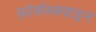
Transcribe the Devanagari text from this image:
फ़ोर्सस्क्वाड्रन